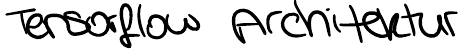
Tensorflow Architektur